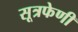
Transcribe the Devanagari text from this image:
सूत्रफेणी